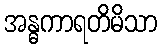
အန္ဓကာရတိမိသာ